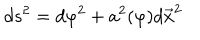
d s ^ { 2 } = d \varphi ^ { 2 } + a ^ { 2 } ( \varphi ) d \vec { x } ^ { 2 }